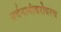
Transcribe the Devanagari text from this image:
सर्वनामांबरोबरच